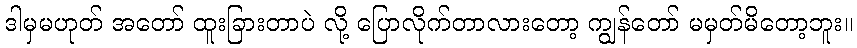
ဒါမှမဟုတ် အတော် ထူးခြားတာပဲ လို့ ပြောလိုက်တာလားတော့ ကျွန်တော် မမှတ်မိတော့ဘူး။